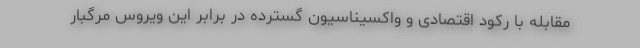
مقابله با رکود اقتصادی و واکسیناسیون گسترده در برابر این ویروس مرگبار